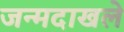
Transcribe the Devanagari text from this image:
जन्मदाखले